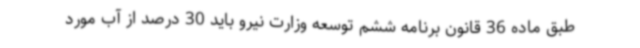
طبق ماده 36 قانون برنامه ششم توسعه وزارت نیرو باید 30 درصد از آب مورد